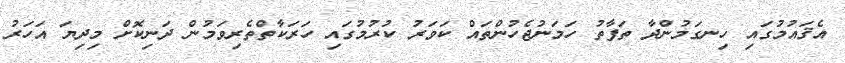
އެޤައުމުގައި ހިނގަމުންދާ ތަފާތު ހަމަނުޖެހުންތައް ކަވަރު ކުރުމުގައި ހަރަކާތްތެރިވަމުން ދަނިކޮށް މިދިޔަ އަހަރު